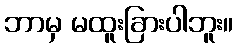
ဘာမှ မထူးခြားပါဘူး။